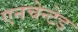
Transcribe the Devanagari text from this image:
एनचेन्टेड